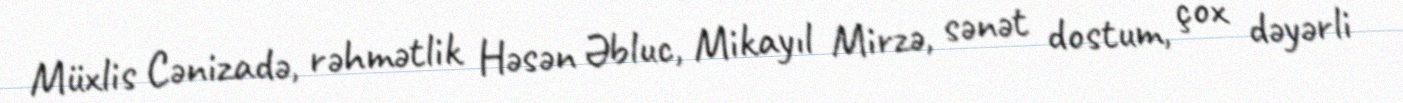
Müxlis Cənizadə, rəhmətlik Həsən Əbluc, Mikayıl Mirzə, sənət dostum, çox dəyərli